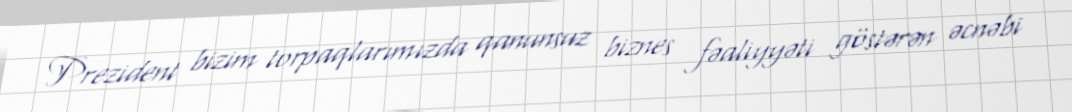
Prezident bizim torpaqlarımızda qanunsuz biznes fəaliyyəti göstərən əcnəbi